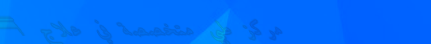
مركز طبي متخصصة في علاج أ